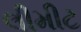
લીમીટ